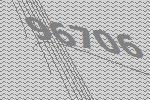
96706